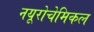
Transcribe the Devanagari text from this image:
नयूरोचेमिकल